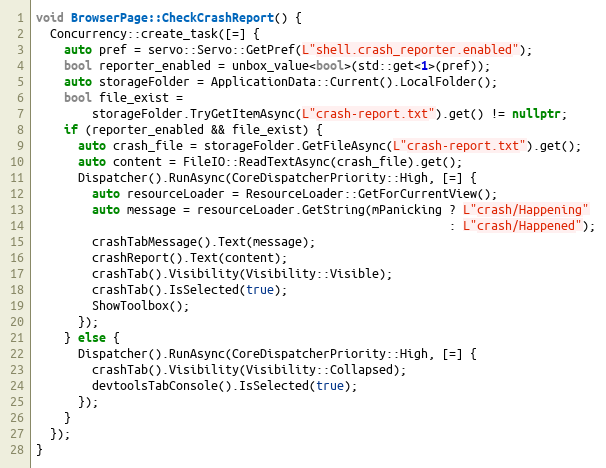
Language: C++
void BrowserPage::CheckCrashReport() {
  Concurrency::create_task([=] {
    auto pref = servo::Servo::GetPref(L"shell.crash_reporter.enabled");
    bool reporter_enabled = unbox_value<bool>(std::get<1>(pref));
    auto storageFolder = ApplicationData::Current().LocalFolder();
    bool file_exist =
        storageFolder.TryGetItemAsync(L"crash-report.txt").get() != nullptr;
    if (reporter_enabled && file_exist) {
      auto crash_file = storageFolder.GetFileAsync(L"crash-report.txt").get();
      auto content = FileIO::ReadTextAsync(crash_file).get();
      Dispatcher().RunAsync(CoreDispatcherPriority::High, [=] {
        auto resourceLoader = ResourceLoader::GetForCurrentView();
        auto message = resourceLoader.GetString(mPanicking ? L"crash/Happening"
                                                           : L"crash/Happened");
        crashTabMessage().Text(message);
        crashReport().Text(content);
        crashTab().Visibility(Visibility::Visible);
        crashTab().IsSelected(true);
        ShowToolbox();
      });
    } else {
      Dispatcher().RunAsync(CoreDispatcherPriority::High, [=] {
        crashTab().Visibility(Visibility::Collapsed);
        devtoolsTabConsole().IsSelected(true);
      });
    }
  });
}